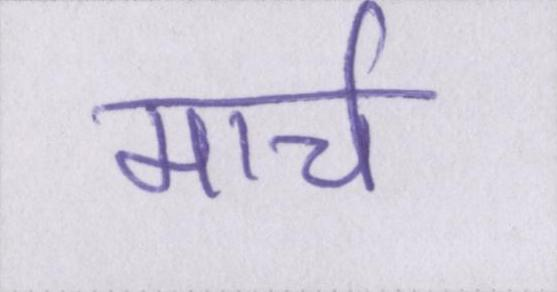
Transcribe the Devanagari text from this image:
मार्च